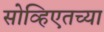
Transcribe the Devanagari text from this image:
सोव्हिएतच्या